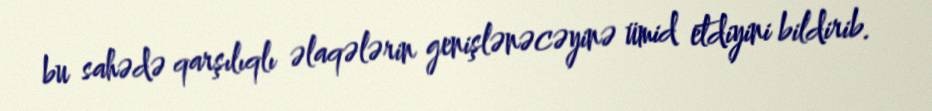
bu sahədə qarşılıqlı əlaqələrin genişlənəcəyinə ümid etdiyini bildirib.